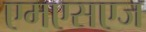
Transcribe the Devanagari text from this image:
एमएसएज